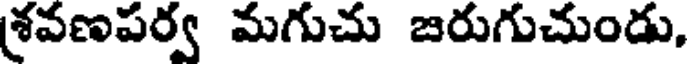
శవణపర్వ మగుచు జరుగుచుండు,